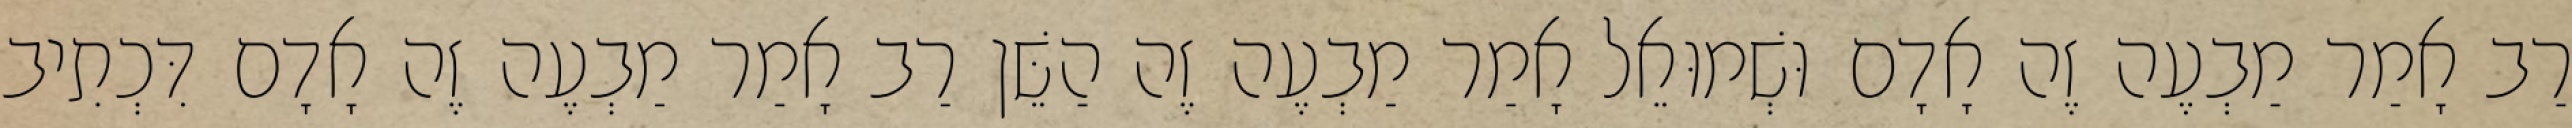
רַב אָמַר מַבְעֶה זֶה אָדָם וּשְׁמוּאֵל אָמַר מַבְעֶה זֶה הַשֵּׁן רַב אָמַר מַבְעֶה זֶה אָדָם דִּכְתִיב